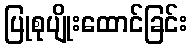
ပြုစုပျိုးထောင်ခြင်း